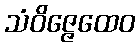
သံဝိဇ္ဇေထေဝ